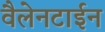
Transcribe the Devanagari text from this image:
वैलेनटाईन